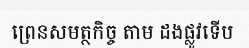
ព្រេនសមត្ថកិច្ច តាម ដងផ្លូវទើប